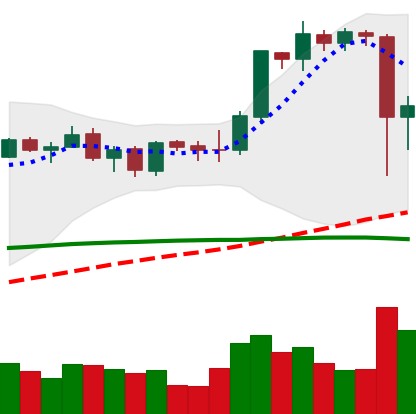
Ticker: ETH-USD
Chart end date: 2021-09-08
Forward return: -6.056%
Label: down_5_7